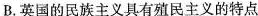
B.英国的民族主义具有殖民主义的特点